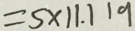
= s \times 1 1 . 1 1 9